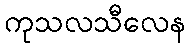
ကုသလသီလေန